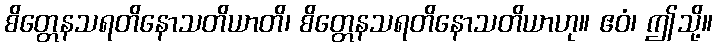
စိတ္တေနသရတိနောသတိယာတိ၊ စိတ္တေနသရတိနောသတိယာဟု။ ဧဝံ၊ ဤသို့။